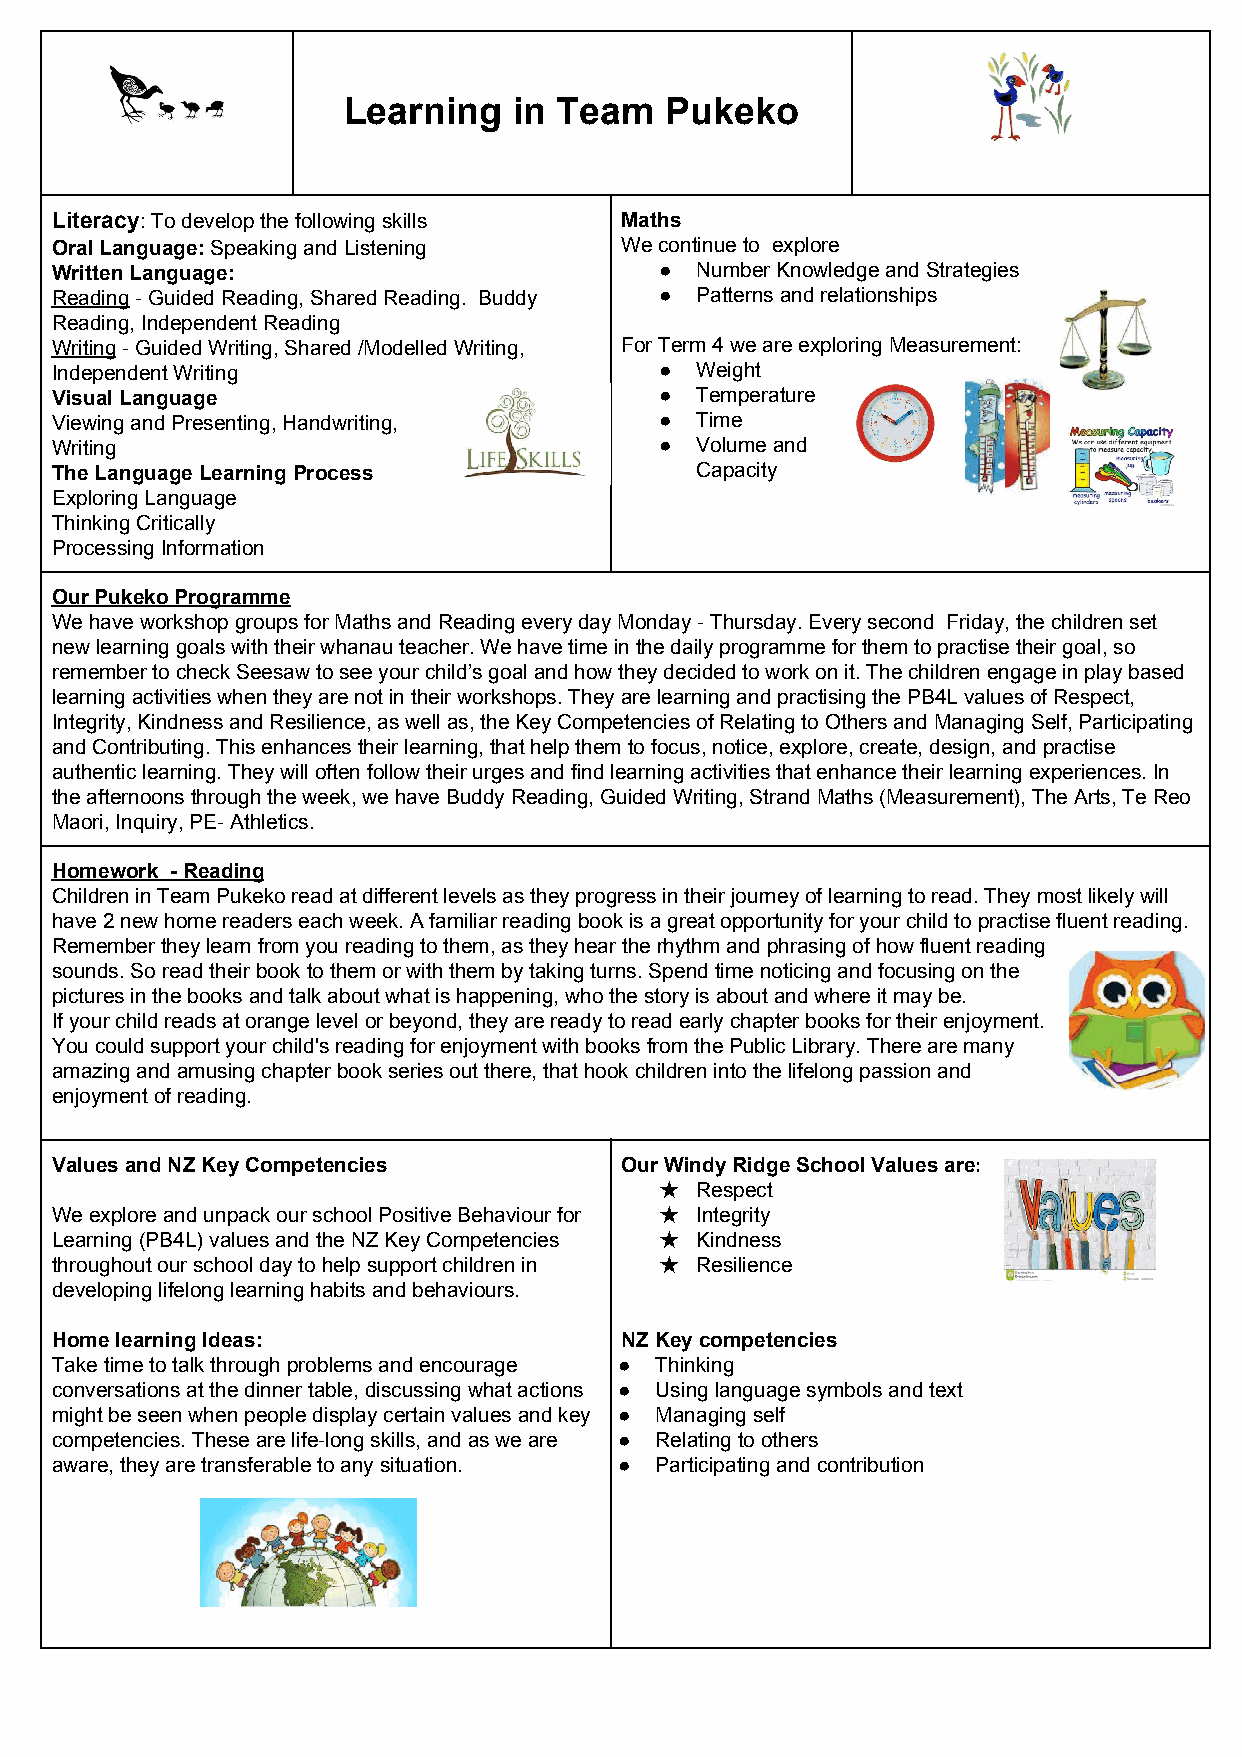
Learning   in Team   Pukeko
 Literacy: To develop the following skills Maths
 ​​
 Oral Language: Speaking and Listening We continue to explore
 ​​
 Written Language:                        ● Number Knowledge and Strategies
 Reading - Guided Reading, Shared Reading. Buddy ● Patterns and relationships
 ​
 Reading, Independent Reading
 Writing - Guided Writing, Shared /Modelled Writing, For Term 4 we are exploring Measurement:
 ​
 Independent Writing                      ● Weight
 Visual Language                          ● Temperature
 Viewing and Presenting, Handwriting,     ● Time
 Writing                                  ● Volume and
 The Language Learning Process              Capacity
 Exploring Language
 Thinking Critically
 Processing Information
 Our Pukeko Programme
 We have workshop groups for Maths and Reading every day Monday - Thursday. Every second Friday, the children set
 new learning goals with their whanau teacher. We have time in the daily programme for them to practise their goal, so
 remember to check Seesaw to see your child’s goal and how they decided to work on it. The children engage in play based
 learning activities when they are not in their workshops. They are learning and practising the PB4L values of Respect,
 Integrity, Kindness and Resilience, as well as, the Key Competencies of Relating to Others and Managing Self, Participating
 and Contributing. This enhances their learning, that help them to focus, notice, explore, create, design, and practise
 authentic learning. They will often follow their urges and find learning activities that enhance their learning experiences. In
 the afternoons through the week, we have Buddy Reading, Guided Writing, Strand Maths (Measurement), The Arts, Te Reo
 Maori, Inquiry, PE- Athletics.
 Homework - Reading
 Children in Team Pukeko read at different levels as they progress in their journey of learning to read. They most likely will
 have 2 new home readers each week. A familiar reading book is a great opportunity for your child to practise fluent reading.
 Remember they learn from you reading to them, as they hear the rhythm and phrasing of how fluent reading
 sounds. So read their book to them or with them by taking turns. Spend time noticing and focusing on the
 pictures in the books and talk about what is happening, who the story is about and where it may be.
 If your child reads at orange level or beyond, they are ready to read early chapter books for their enjoyment.
 You could support your child's reading for enjoyment with books from the Public Library. There are many
 amazing and amusing chapter book series out there, that hook children into the lifelong passion and
 enjoyment of reading.
 Values and NZ Key Competencies        Our Windy Ridge School Values are:
 ​​
 ★ Respect
 We explore and unpack our school Positive Behaviour for ★ Integrity
 Learning (PB4L) values and the NZ Key Competencies ★ Kindness
 throughout our school day to help support children in ★ Resilience
 developing lifelong learning habits and behaviours.
 Home learning Ideas:                  NZ Key competencies
 Take time to talk through problems and encourage ● Thinking
 conversations at the dinner table, discussing what actions ● Using language symbols and text
 might be seen when people display certain values and key ● Managing self
 competencies. These are life-long skills, and as we are ● Relating to others
 aware, they are transferable to any situation. ● Participating and contribution